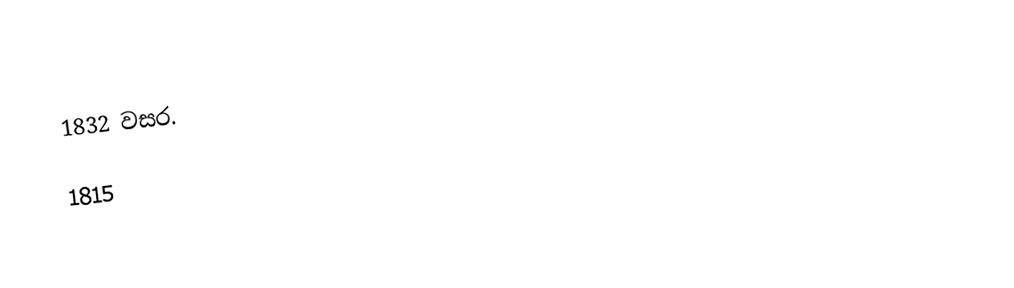
1832 වසර.

1815